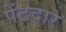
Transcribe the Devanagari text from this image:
पेंटदार